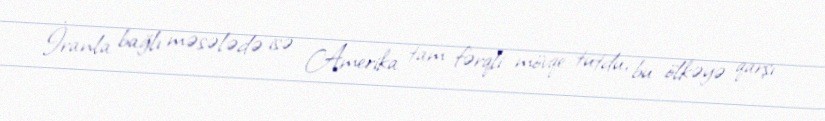
İranla bağlı məsələdə isə Amerika tam fərqli mövqe tutdu, bu ölkəyə qarşı